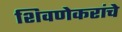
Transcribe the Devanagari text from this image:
शिवणेकरांचे